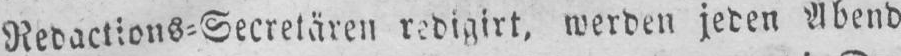
Redactions⸗Secretären redigirt, werden jeden Abend